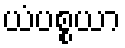
ယံပစ္စယာ